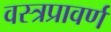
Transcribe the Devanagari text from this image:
वस्त्रप्रावर्ण